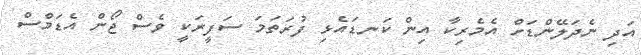
އަދި ނެދަލޭންޑަށް އެމެރިކާ އިން ކަނޑައެޅި ފުރަތަމަ ސަފީރަކީ ވެސް ޖޯން އެޑަމްސް